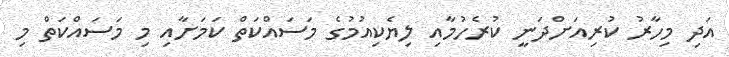
އަދި މިހާރު ކުރިއަށްދަނީ ކުރެހުމާއި ލިޔެކިއުމުގެ މަސައްކަތް ކަމަށާއި މި މަސައްކަތް މި